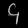
Digit: ၄